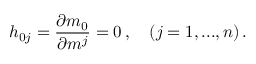
h _ { 0 j } = \frac { \partial m _ { 0 } } { \partial m ^ { j } } = 0 \, , \quad ( j = 1 , . . . , n ) \, .